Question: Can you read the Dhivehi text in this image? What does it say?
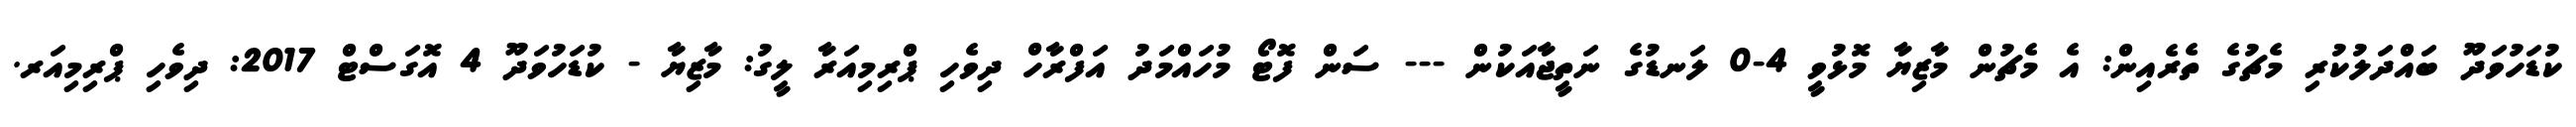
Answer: ކުޑަހުވަދޫ ބައްދަލުކުރި މެޗުގެ ތެރެއިން: އެ މެޗުން މާޒިޔާ މޮޅުވީ 4-0 ލަނޑުގެ ނަތީޖާއަކުން --- ސަން ފޮޓޯ މުހައްމަދު އަފްރާހް ދިވެހި ޕްރިމިއަރާ ލީގު: މާޒިޔާ - ކުޑަހުވަދޫ 4 އޮގަސްޓް 2017: ދިވެހި ޕްރިމިއަރ.